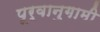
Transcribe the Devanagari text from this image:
पूर्वानुगामी